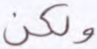
ولكن